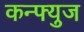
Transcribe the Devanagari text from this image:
कन्फ्युज